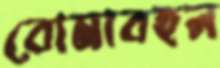
বোমাবহন